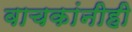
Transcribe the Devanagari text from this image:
वाचकांनीही